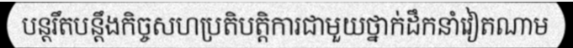
បន្តរឹតបន្តឹងកិច្ចសហប្រតិបត្តិការជាមួយថ្នាក់ដឹកនាំវៀតណាម